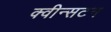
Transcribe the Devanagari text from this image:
क्वीन्सटन